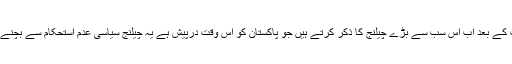
ان دو خطرات کے بعد اب اس سب سے بڑے چیلنج کا ذکر کرتے ہیں جو پاکستان کو اس وقت درپیش ہے یہ چیلنج سیاسی عدم استحکام سے بچنے کا چیلنج ہے۔